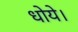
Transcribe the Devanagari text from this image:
धोये।